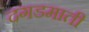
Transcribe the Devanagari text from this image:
दगडमाती